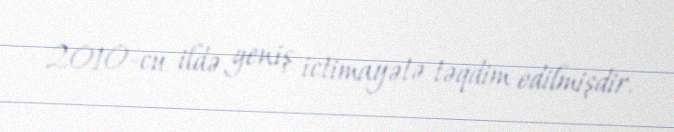
2010-cu ildə geniş ictimayətə təqdim edilmişdir.